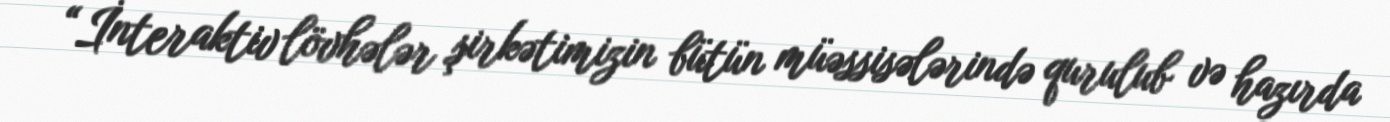
“İnteraktiv lövhələr şirkətimizin bütün müəssisələrində qurulub və hazırda